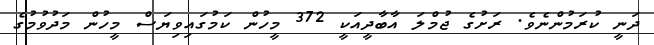
ދަނީ ކުރަމުންނެވެ. ރަށުގެ ޖުމްލަ އާބާދީއަކީ 372 މީހުން ކަމުގައިވިޔަސް މީހުން މަދުވުމުގެ